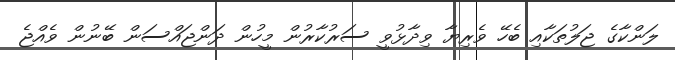
ލަންކާގެ ޖަލުތަކާއި ބެހޭ ވެރިޔާ ވިދާޅުވީ ސަރުކާރުން މީހުން ދަންޖައްސަން ބޭނުން ވެއްޖެ